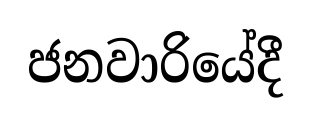
ජනවාරියේදී